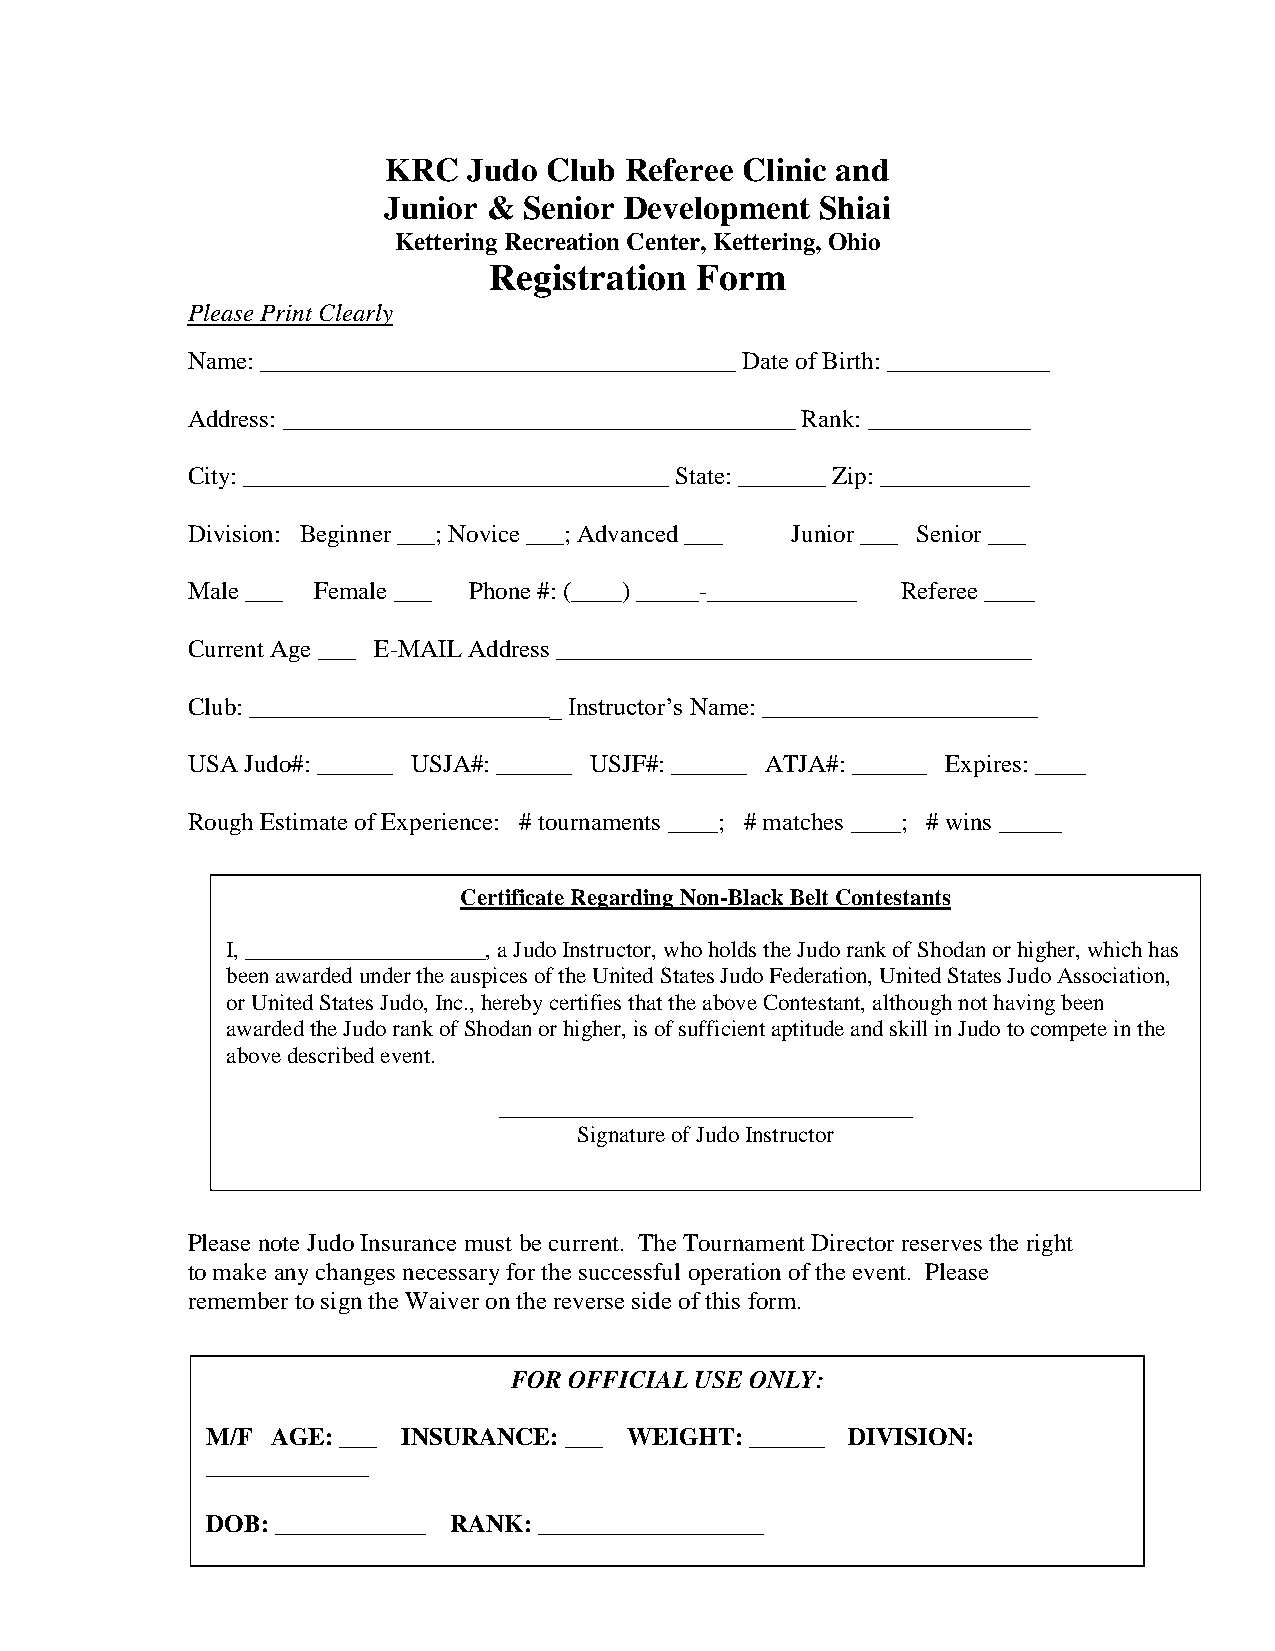
KRC   Judo Club Referee Clinic and
 Junior &  Senior Development Shiai
 Kettering Recreation Center, Kettering, Ohio
 Registration  Form
 Please Print Clearly
 Name: ______________________________________ Date of Birth: _____________
 Address: _________________________________________ Rank: _____________
 City: __________________________________ State: _______ Zip: ____________
 Division: Beginner ___; Novice ___; Advanced ___ Junior ___ Senior ___
 Male ___ Female ___ Phone #: (____) _____-____________ Referee ____
 Current Age ___ E-MAIL Address ______________________________________
 Club: _________________________ Instructor’s Name: ______________________
 USA Judo#: ______ USJA#: ______ USJF#: ______ ATJA#: ______ Expires: ____
 Rough Estimate of Experience: # tournaments ____; # matches ____; # wins _____
 Certificate Regarding Non-Black Belt Contestants
 I, _____________________, a Judo Instructor, who holds the Judo rank of Shodan or higher, which has
 been awarded under the auspices of the United States Judo Federation, United States Judo Association,
 or United States Judo, Inc., hereby certifies that the above Contestant, although not having been
 awarded the Judo rank of Shodan or higher, is of sufficient aptitude and skill in Judo to compete in the
 above described event.
 ____________________________________
 Signature of Judo Instructor
 Please note Judo Insurance must be current. The Tournament Director reserves the right
 to make any changes necessary for the successful operation of the event. Please
 remember to sign the Waiver on the reverse side of this form.
 FOR OFFICIAL USE ONLY:
 M/F AGE: ___ INSURANCE: ___ WEIGHT: ______ DIVISION:
 _____________
 DOB: ____________ RANK: __________________